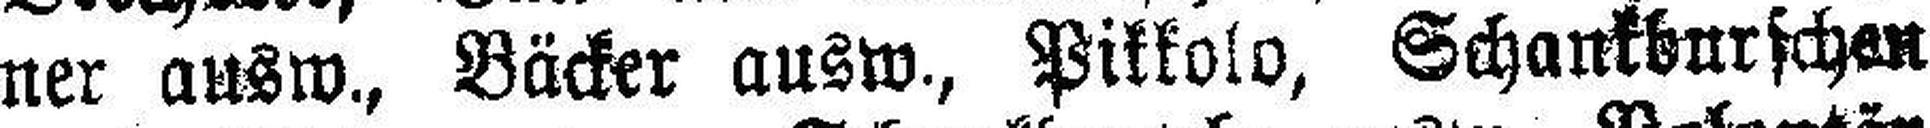
ner ausw., Bäcker ausw., Pikkolo, Schankburschen